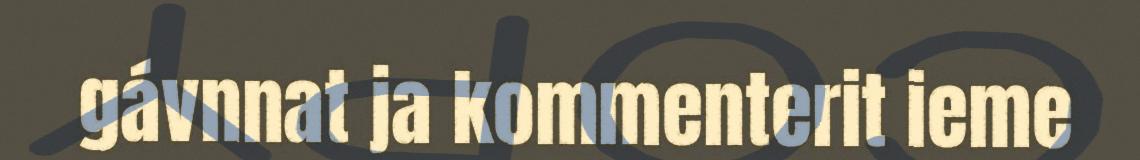
gávnnat ja kommenterit ieme